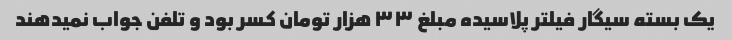
یک بسته سیگار فیلتر پلاسیده مبلغ ۳۳ هزار تومان کسر بود و تلفن جواب نمیدهند